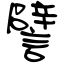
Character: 譬